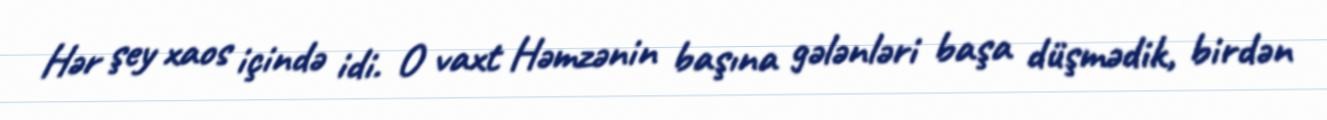
Hər şey xaos içində idi. O vaxt Həmzənin başına gələnləri başa düşmədik, birdən